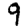
Digit: 9